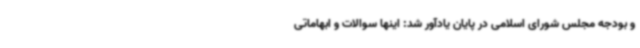
و بودجه مجلس شورای اسلامی در پایان یادآور شد: اینها سوالات و ابهاماتی